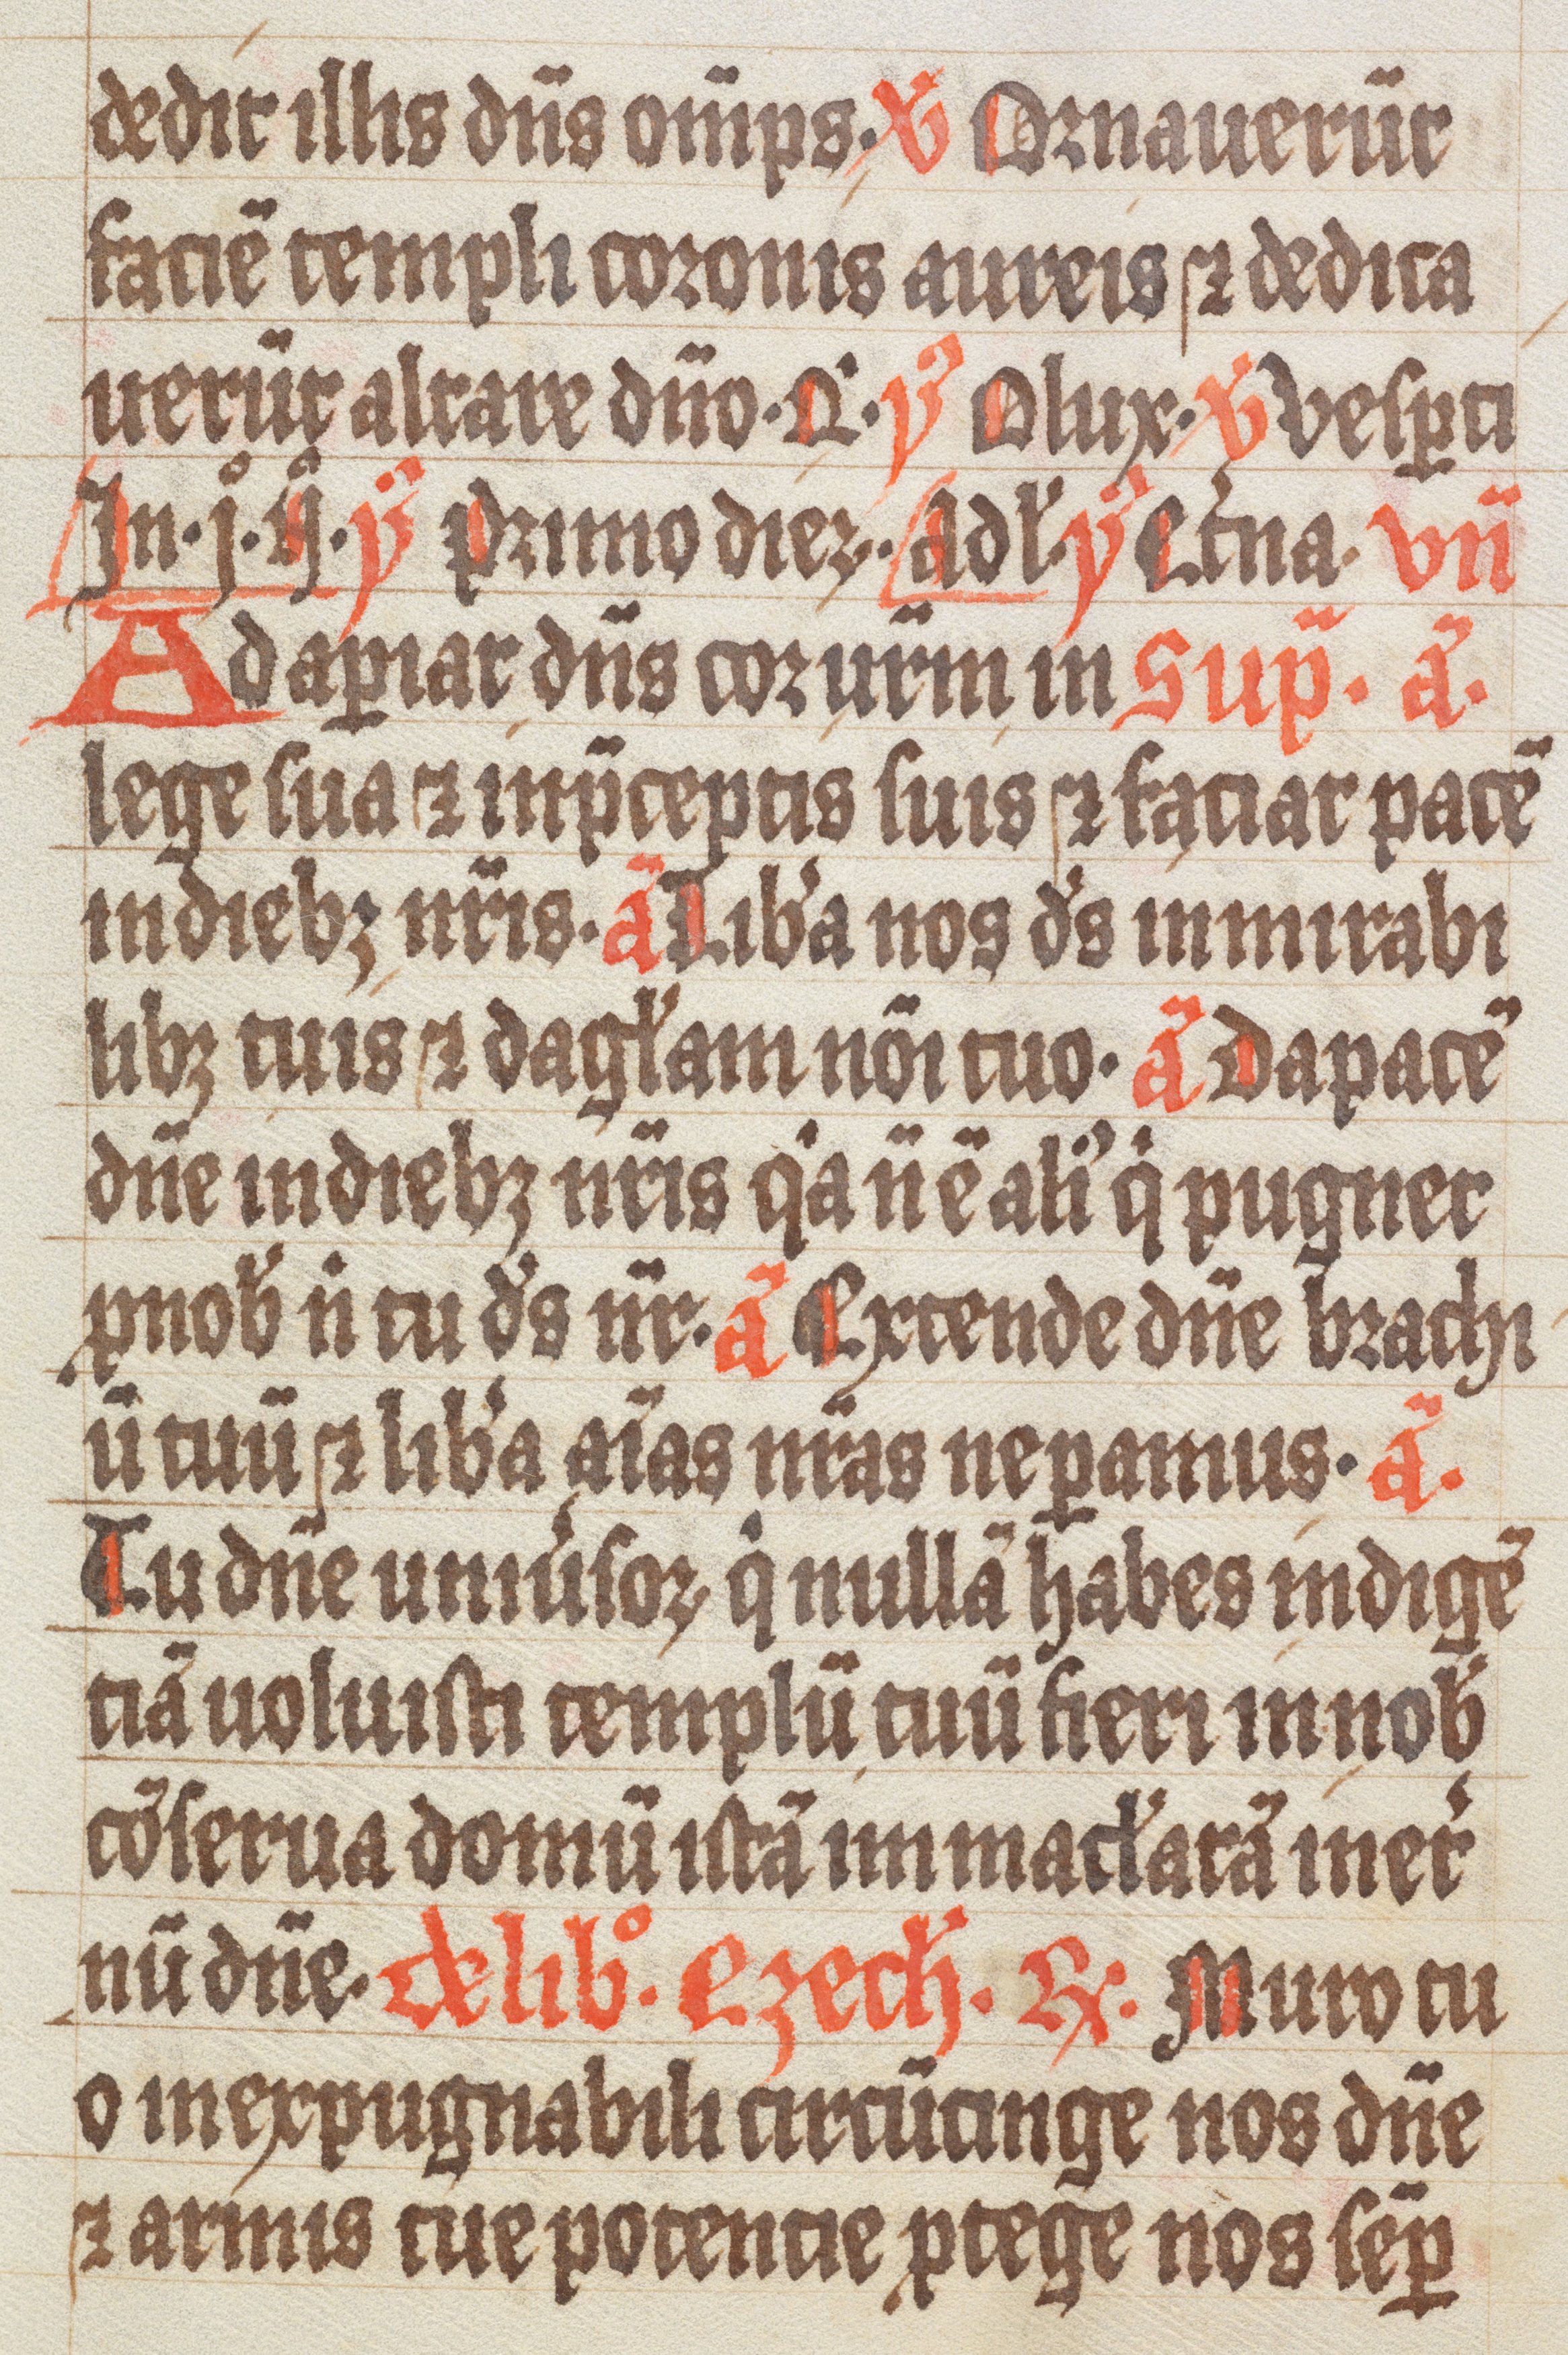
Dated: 1300–1499